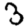
Digit: 3